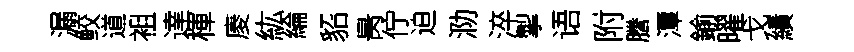
漏鲛道袓達楎庱紘綸貂昺佇迫泐淬掣语附謄潭鍮曜戈績